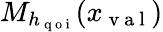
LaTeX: M_{h_{\mathrm{~q~o~i~}}}(x_{\mathrm{~v~a~l~}})